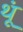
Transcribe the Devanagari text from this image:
थूं